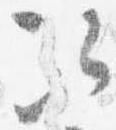
次